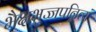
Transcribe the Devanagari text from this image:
भैक्षभुज्जपन्नित्यं